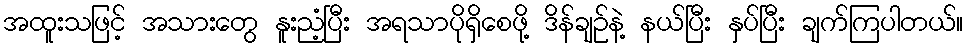
အထူးသဖြင့် အသားတွေ နူးညံ့ပြီး အရသာပိုရှိစေဖို့ ဒိန်ချဉ်နဲ့ နယ်ပြီး နှပ်ပြီး ချက်ကြပါတယ်။